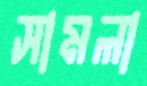
সামলা